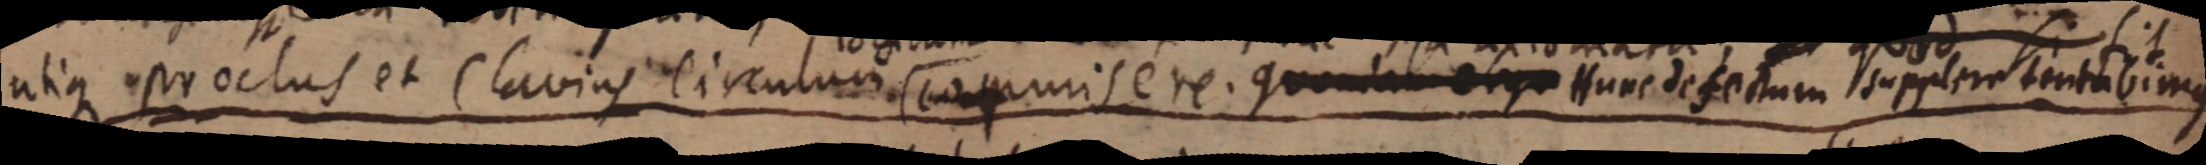
ulique iproctus et (lavias eirculumi cagumis e re. quontat oriu tu detetum quiem imalbinus